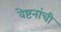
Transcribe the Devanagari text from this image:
वेष्टनांची